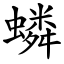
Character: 䗲